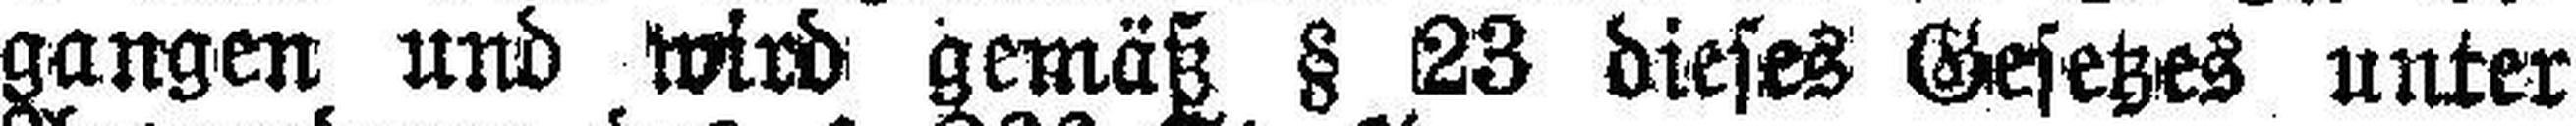
gangen und wird gemäß § 23 dieses Gesetzes unter